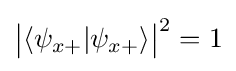
{\big |}\langle \psi _{x+}|\psi _{x+}\rangle {\big |}^{2}=1